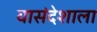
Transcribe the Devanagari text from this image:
यासंदेशाला